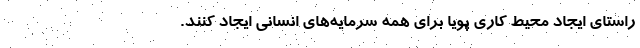
راستای ایجاد محیط کاری پویا برای همه سرمایه‌های انسانی ایجاد کنند.